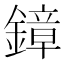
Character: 鏱